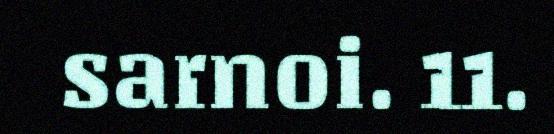
sarnoi. 11.